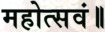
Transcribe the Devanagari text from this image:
महोत्सवं॥